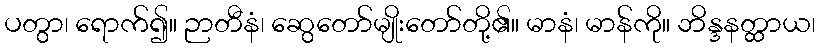
ပတွာ၊ ရောက်၍။ ဉာတီနံ၊ ဆွေတော်မျိုးတော်တို့၏။ မာနံ၊ မာန်ကို။ ဘိန္ဒနတ္ထာယ၊